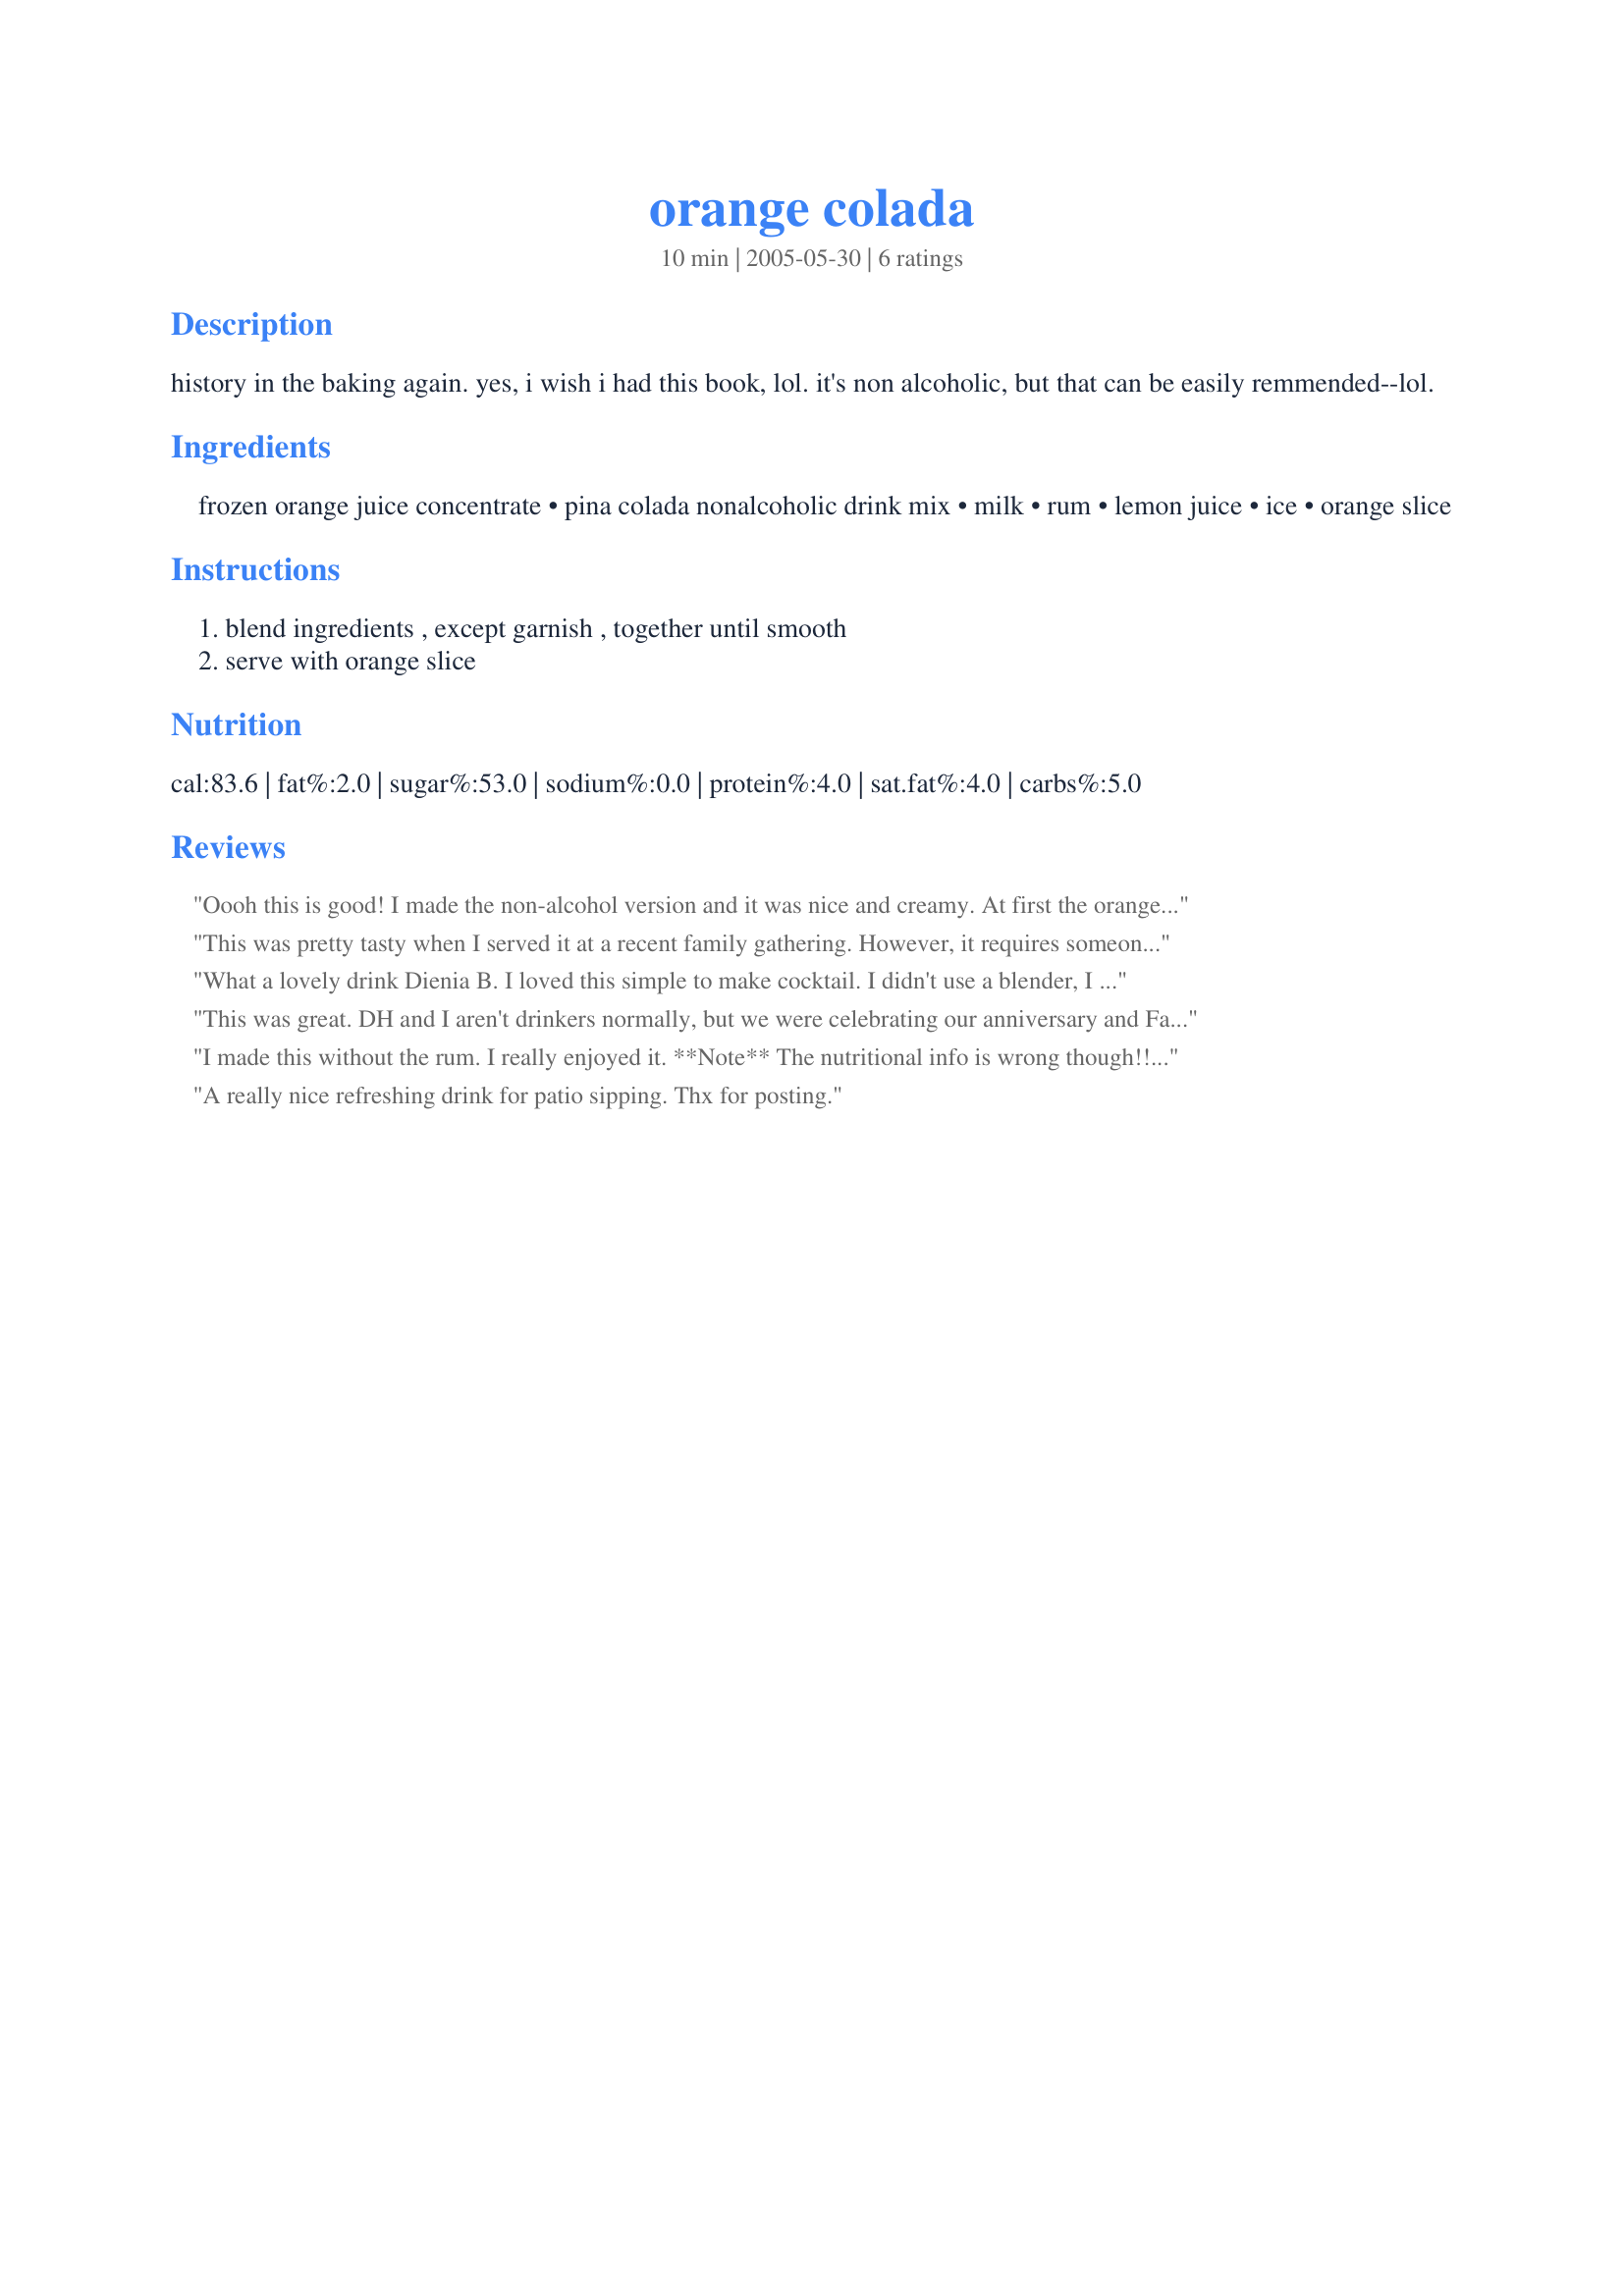
orange colada
Preparation time: 10 minutes

history in the baking again. yes, i wish i had this book, lol. it's non alcoholic, but that can be easily remmended--lol.

Ingredients:
frozen orange juice concentrate, pina colada nonalcoholic drink mix, milk, rum, lemon juice, ice, orange slice

Steps:
blend ingredients , except garnish , together until smooth, serve with orange slice

Reviews:
Oooh this is good! I made the non-alcohol version and it was nice and creamy. At first the orange hits you and it ends with the coconut flavor from the drink mix. Delightful!
This was pretty tasty when I served it at a recent family gathering. However, it requires someone to 'man' the blender and keep them coming fresh, as they are best right after they are made. They don't sit well for use later on. It created a lot of mess in the kitchen to make them.
What a lovely drink Dienia B. I loved this simple to make cocktail. I didn't use a blender, I added all the ingredients to a shaker and shook it hard. Wow, is this good. Love the flavor from the coconut and orange. This slightly sweet tart drink is too die for. Thank you so much for sharing this lovely recipe, which I will make again. Made for Fearless Red Dragons - ZWT8 - Mexico
This was great. DH and I aren't drinkers normally, but we were celebrating our anniversary and Father's day this weekend, so decided to try these. YUMMY!
I made this without the rum. I really enjoyed it. **Note** The nutritional info is wrong though!! Closest I can figure is that it is more like 300 cal per serving. Made for ZWT8
A really nice refreshing drink for patio sipping. Thx for posting.
